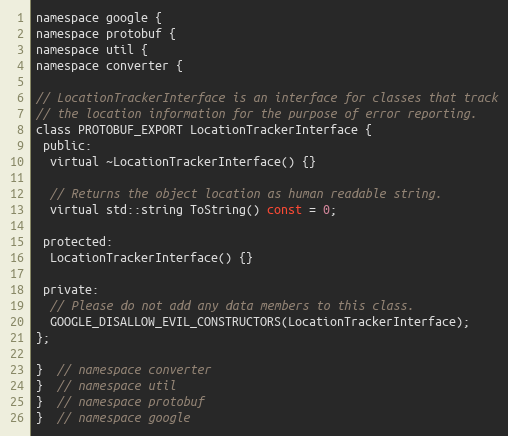
Language: C
namespace google {
namespace protobuf {
namespace util {
namespace converter {

// LocationTrackerInterface is an interface for classes that track
// the location information for the purpose of error reporting.
class PROTOBUF_EXPORT LocationTrackerInterface {
 public:
  virtual ~LocationTrackerInterface() {}

  // Returns the object location as human readable string.
  virtual std::string ToString() const = 0;

 protected:
  LocationTrackerInterface() {}

 private:
  // Please do not add any data members to this class.
  GOOGLE_DISALLOW_EVIL_CONSTRUCTORS(LocationTrackerInterface);
};

}  // namespace converter
}  // namespace util
}  // namespace protobuf
}  // namespace google